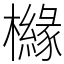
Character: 櫞